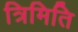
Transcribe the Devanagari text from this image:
त्रिमिति